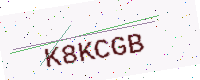
Text: K8KCGB